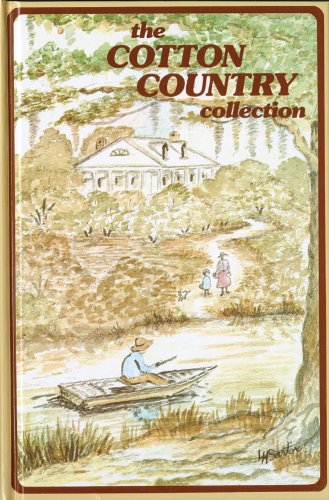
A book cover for Cotton Country Collection; Junior League of Monroe LA; Cookbooks, Food & Wine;